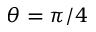
\theta = \pi / 4